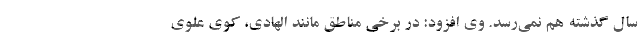
سال گذشته هم نمی‌رسد. وی افزود: در برخی مناطق مانند الهادی، کوی علوی